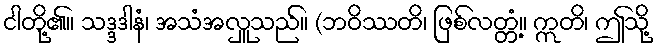
ငါတို့၏။ သဒ္ဒဒါနံ၊ အသံအလှူသည်။ (ဘဝိဿတိ၊ ဖြစ်လတ္တံ့။ ဣတိ၊ ဤသို့